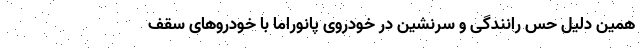
همین دلیل حس رانندگی و سرنشین در خودروی پانوراما با خودروهای سقف